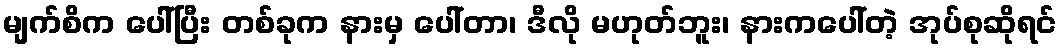
မျက်စိက ပေါ်ပြီး တစ်ခုက နားမှ ပေါ်တာ၊ ဒီလို မဟုတ်ဘူး၊ နားကပေါ်တဲ့ အုပ်စုဆိုရင်